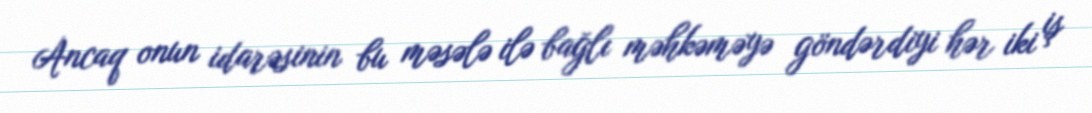
Ancaq onun idarəsinin bu məsələ ilə bağlı məhkəməyə göndərdiyi hər iki iş